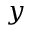
y